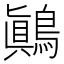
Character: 鷆